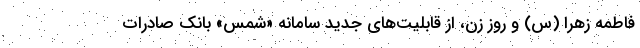
فاطمه زهرا (س) و روز زن، از قابلیت‌های جدید سامانه «شمس» بانک صادرات